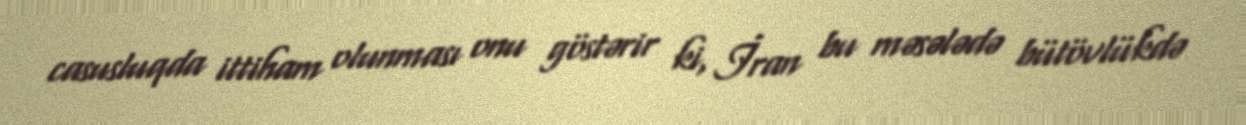
casusluqda ittiham olunması onu göstərir ki, İran bu məsələdə bütövlükdə